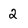
Character: 2